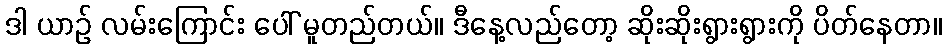
ဒါ ယာဉ် လမ်းကြောင်း ပေါ် မူတည်တယ်။ ဒီနေ့လည်တော့ ဆိုးဆိုးရွားရွားကို ပိတ်နေတာ။